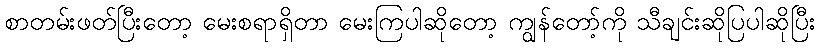
စာတမ်းဖတ်ပြီးတော့ မေးစရာရှိတာ မေးကြပါဆိုတော့ ကျွန်တော့်ကို သီချင်းဆိုပြပါဆိုပြီး